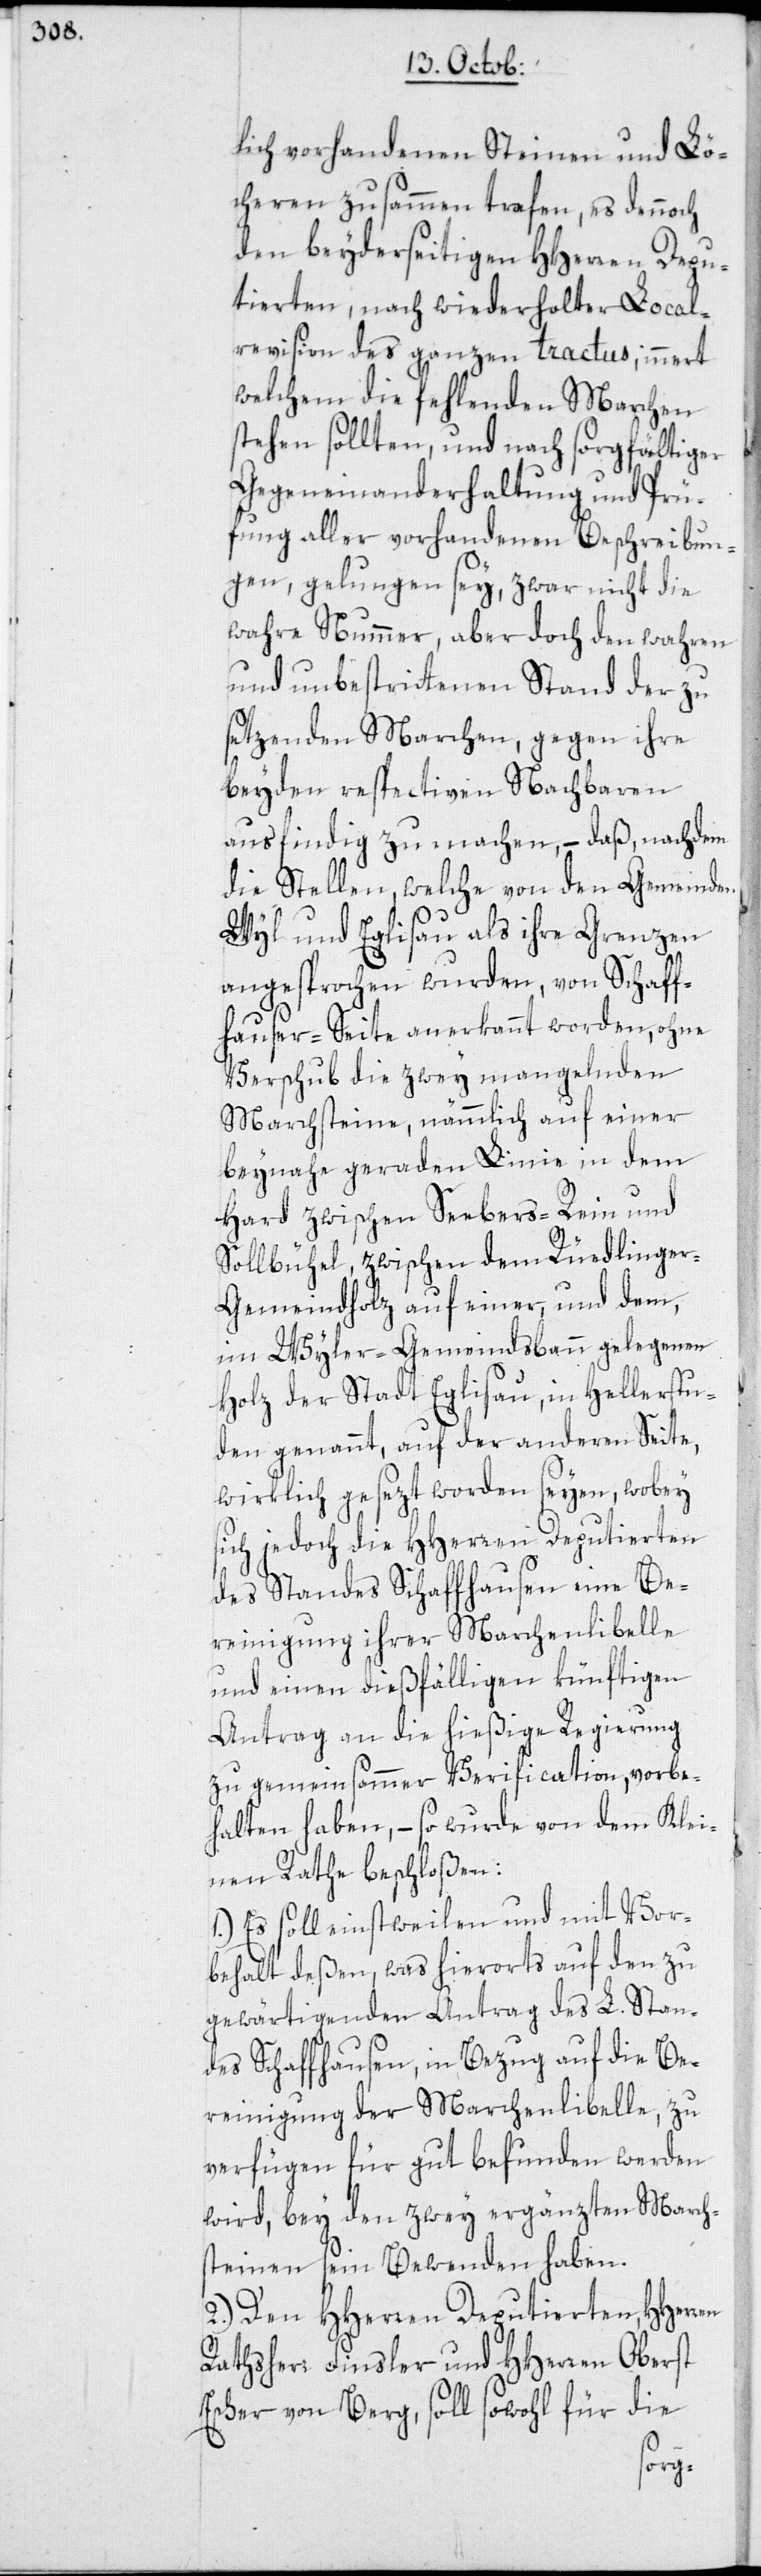
lich vorhandenen Steinen und Lö¬
cheren zusammen trafen, es dennoch
den beyderseitigen HHerren Depu¬
tierten, nach wiederholter Local¬
revision des ganzen tractus, innert
welchem die fehlenden Marchen
stehen sollten, und nach sorgfältiger
Gegeneinanderhaltung und Prü¬
fung aller vorhandenen Beschreibun¬
gen, gelungen sey, zwar nicht die
wahre Nummer, aber doch den wahren
und unbestrittenen Stand der zu
setzenden Marchen, gegen ihre
beyden respectiven Nachbaren
ausfindig zu machen, – daß, nachdem
die Stellen, welche von den Gemeinden
Wyl und Eglisau als ihre Grenzen
angesprochen wurden, von Schaff¬
hauser-Seite anerkannt worden, ohne
Verschub die zwey mangelnden
Marchsteine, nämmlich auf einer
beynahe geraden Linie in dem
Hard zwischen Seebers-Rein und
Sollbühel, zwischen dem Rüedlinge¬
r-Gemeindholz auf einer, und dem
im Wyler-Gemeindsbann gelegenen
Holz der Stadt Eglisau, in Hellerstu¬
den genannt, auf der anderen Seite,
wirklich gesezt worden seyen, wobey
sich jedoch die HHerren Deputierten
des Standes Schaffhausen eine Be¬
reinigung ihrer Marchenlibelle
und einen dießfälligen künftigen
Antrag an die hießige Regierung
zu gemeinsammer Verification, vorbe¬
halten haben, – so wurde von dem Klei¬
nen Rathe beschloßen:
1.) Es soll einstweilen und mit Vor¬
behalt deßen, was hierorts auf den zu
gewärtigenden Antrag des L. Stan¬
des Schaffhausen, in Bezug auf die Be¬
reinigung der Marchenlibelle, zu
verfügen für gut befunden werden
wird, bey den zwey ergänzten March¬
steinen sein Bewenden haben.
2.) Den HHerren Deputierten, HHerren
Rathsherr Finsler und HHerren Oberst
Escher von Berg, soll sowohl für die